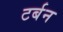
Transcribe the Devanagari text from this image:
टर्बन